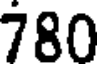
780